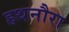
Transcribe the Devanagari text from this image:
हथनौरा